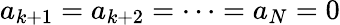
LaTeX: a_{k+1}=a_{k+2}=\cdots=a_{N}=0